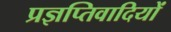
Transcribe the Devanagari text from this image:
प्रज्ञप्तिवादियों